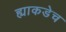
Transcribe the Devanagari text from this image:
ह्याकडेच